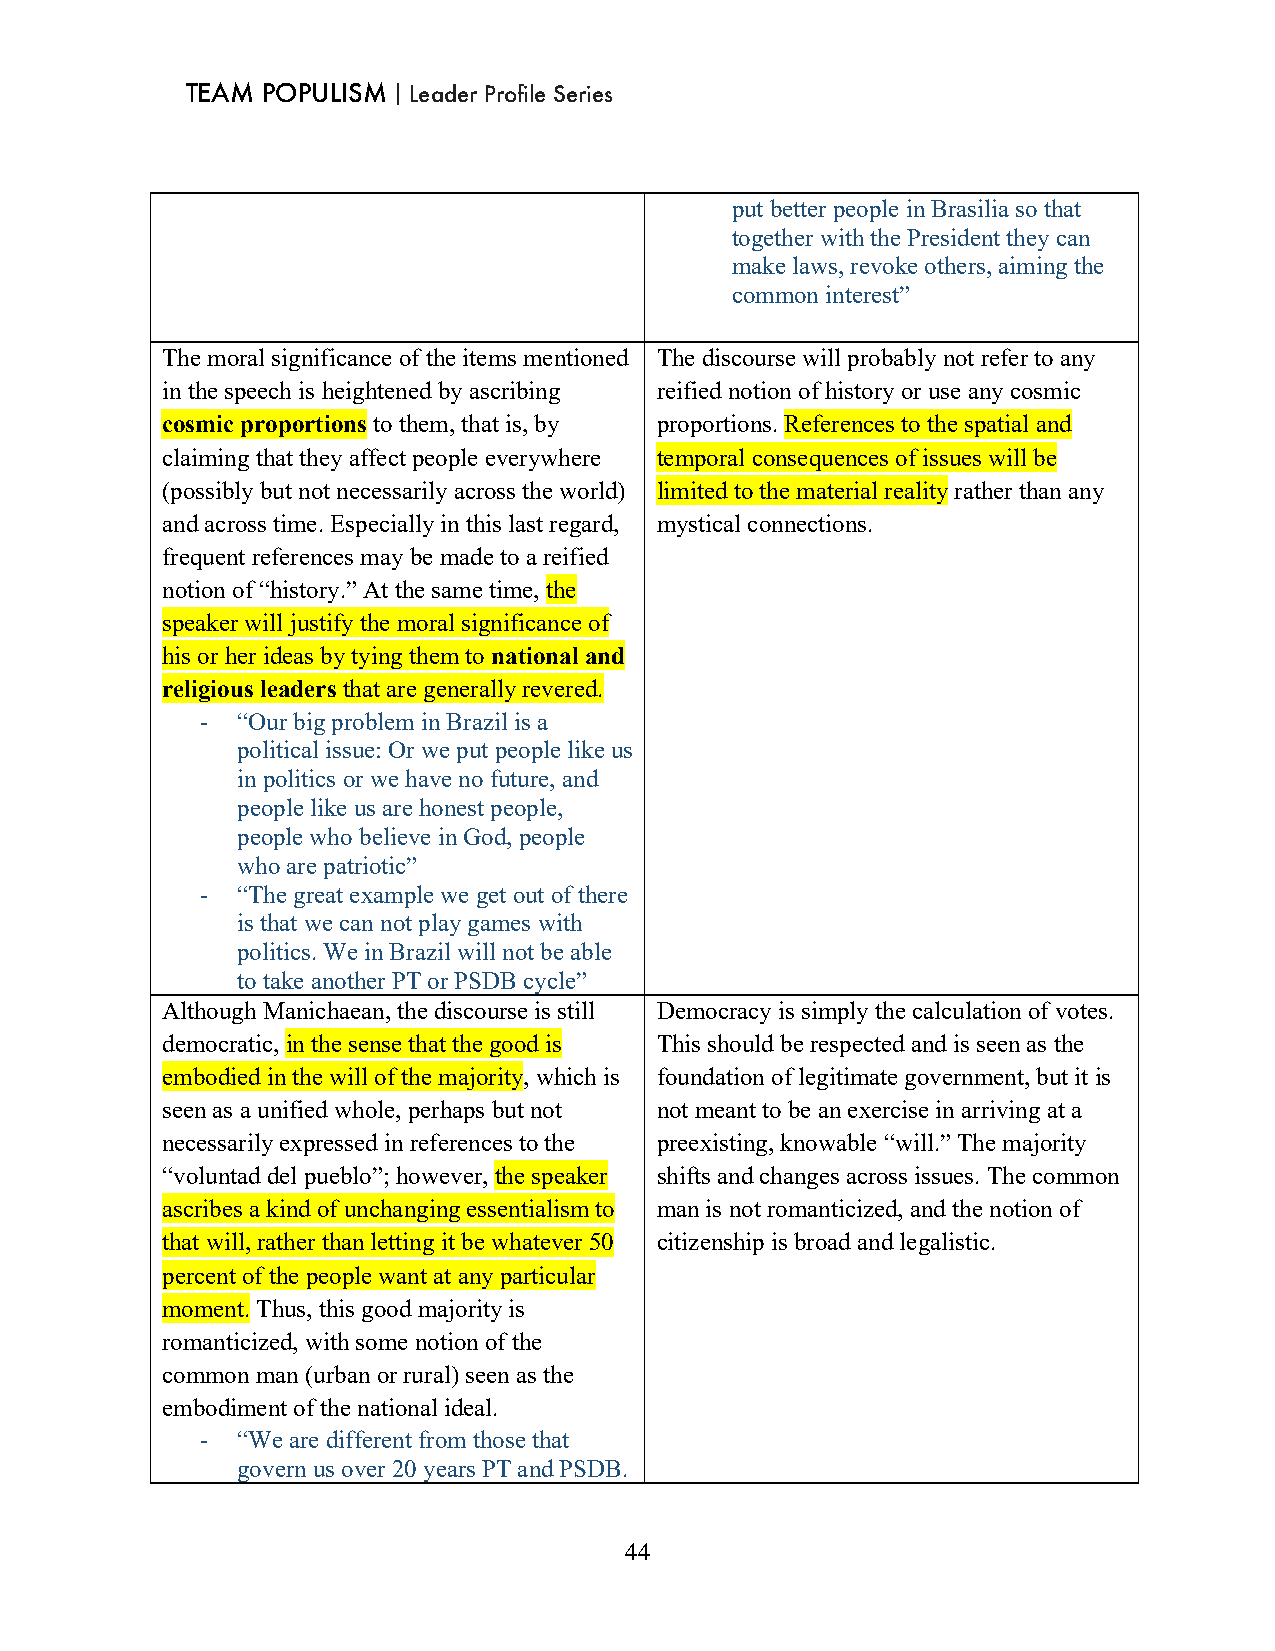
TEAM POPULISM｜Leader Profile Series
 put better people in Brasilia so that
 together with the President they can
 make laws, revoke others, aiming the
 common interest”
 The moral significance of the items mentioned The discourse will probably not refer to any
 in the speech is heightened by ascribing reified notion of history or use any cosmic
 cosmic proportions to them, that is, by proportions. References to the spatial and
 claiming that they affect people everywhere temporal consequences of issues will be
 (possibly but not necessarily across the world) limited to the material reality rather than any
 and across time. Especially in this last regard, mystical connections.
 frequent references may be made to a reified
 notion of “history.” At the same time, the
 speaker will justify the moral significance of
 his or her ideas by tying them to national and
 religious leaders that are generally revered.
 -  “Our big problem in Brazil is a
 political issue: Or we put people like us
 in politics or we have no future, and
 people like us are honest people,
 people who believe in God, people
 who are patriotic”
 -  “The great example we get out of there
 is that we can not play games with
 politics. We in Brazil will not be able
 to take another PT or PSDB cycle”
 Although Manichaean, the discourse is still Democracy is simply the calculation of votes.
 democratic, in the sense that the good is This should be respected and is seen as the
 embodied in the will of the majority, which is foundation of legitimate government, but it is
 seen as a unified whole, perhaps but not not meant to be an exercise in arriving at a
 necessarily expressed in references to the preexisting, knowable “will.” The majority
 “voluntad del pueblo”; however, the speaker shifts and changes across issues. The common
 ascribes a kind of unchanging essentialism to man is not romanticized, and the notion of
 that will, rather than letting it be whatever 50 citizenship is broad and legalistic.
 percent of the people want at any particular
 moment. Thus, this good majority is
 romanticized, with some notion of the
 common man (urban or rural) seen as the
 embodiment of the national ideal.
 -  “We are different from those that
 govern us over 20 years PT and PSDB.
 44